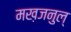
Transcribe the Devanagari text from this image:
मख़जनुल्